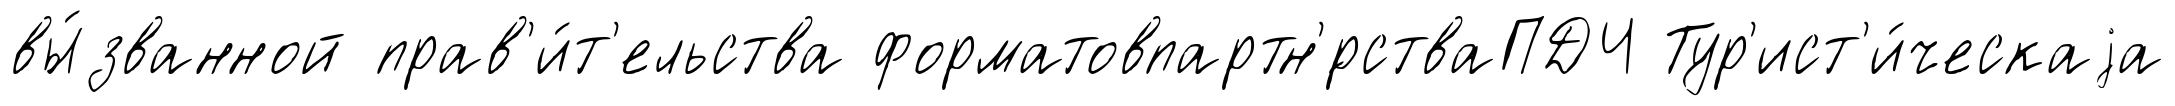
вы́званной прав'и́т'ельства форматовпартн'́рстваПДЧ Тур'ист'и́ческаjа